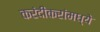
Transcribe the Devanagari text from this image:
करंदीकरांमध्ये